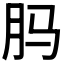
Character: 𬁳